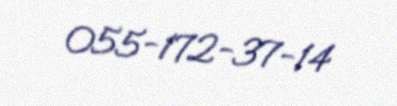
055-172-37-14